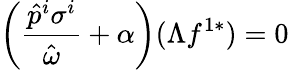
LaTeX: \left(\frac{\hat{p}^{i}\sigma^{i}}{\hat{\omega}}+\alpha\right)(\Lambda f^{1*})=0